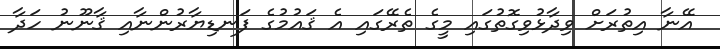
އޭނާ އިތުރަށް ވިދާޅުވިގޮތުގައި މީގެ ތެރޭގައި އެ ޤައުމުގެ ފަނޑިޔާރުންނާއި ޤާނޫނު ހަދާ